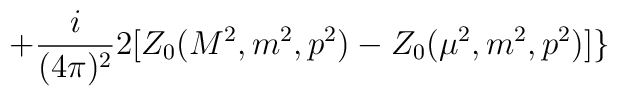
+\frac{i}{(4\pi )^{2}}2[Z_{0}(M^{2},m^{2},p^{2})-Z_{0}(\mu^{2},m^{2},p^{2})]\}